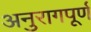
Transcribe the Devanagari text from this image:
अनुरागपूर्ण